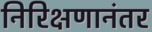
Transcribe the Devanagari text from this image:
निरिक्षणानंतर